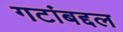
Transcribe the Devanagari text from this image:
गटांबद्दल